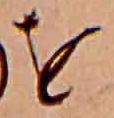
を